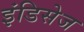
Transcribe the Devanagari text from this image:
इंडिसेज